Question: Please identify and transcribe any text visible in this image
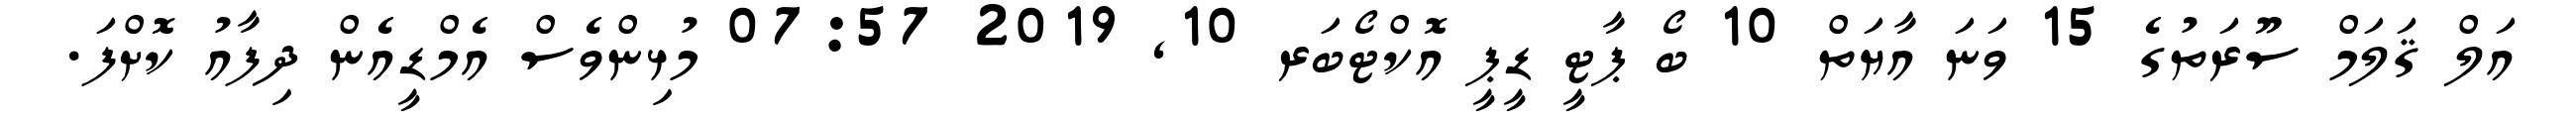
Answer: އަލް ޤަލަމް ސޫރަތުގެ 15 ވަނަ އާޔަތް 10 ބޯ ޕާޓީ ޑީޕީ އޮކްޓޯބަރ 10, 2019 07:57 މުޅިންވެސް އެމްޑީއެން ދިފާއު ކޮށްފަ.